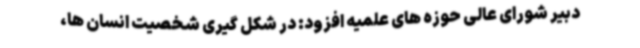
دبیر شورای عالی حوزه های علمیه افزود: در شکل گیری شخصیت انسان ها،